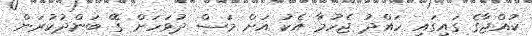
ކުއްޖާގެ ގައިގައި ހައްދު ޖެހުމާ އެކު އަށް މަސް ދުވަހަށް ގޭ ބަންދުކުރަން